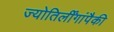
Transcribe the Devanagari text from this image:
ज्योतिर्लींगांपैकी